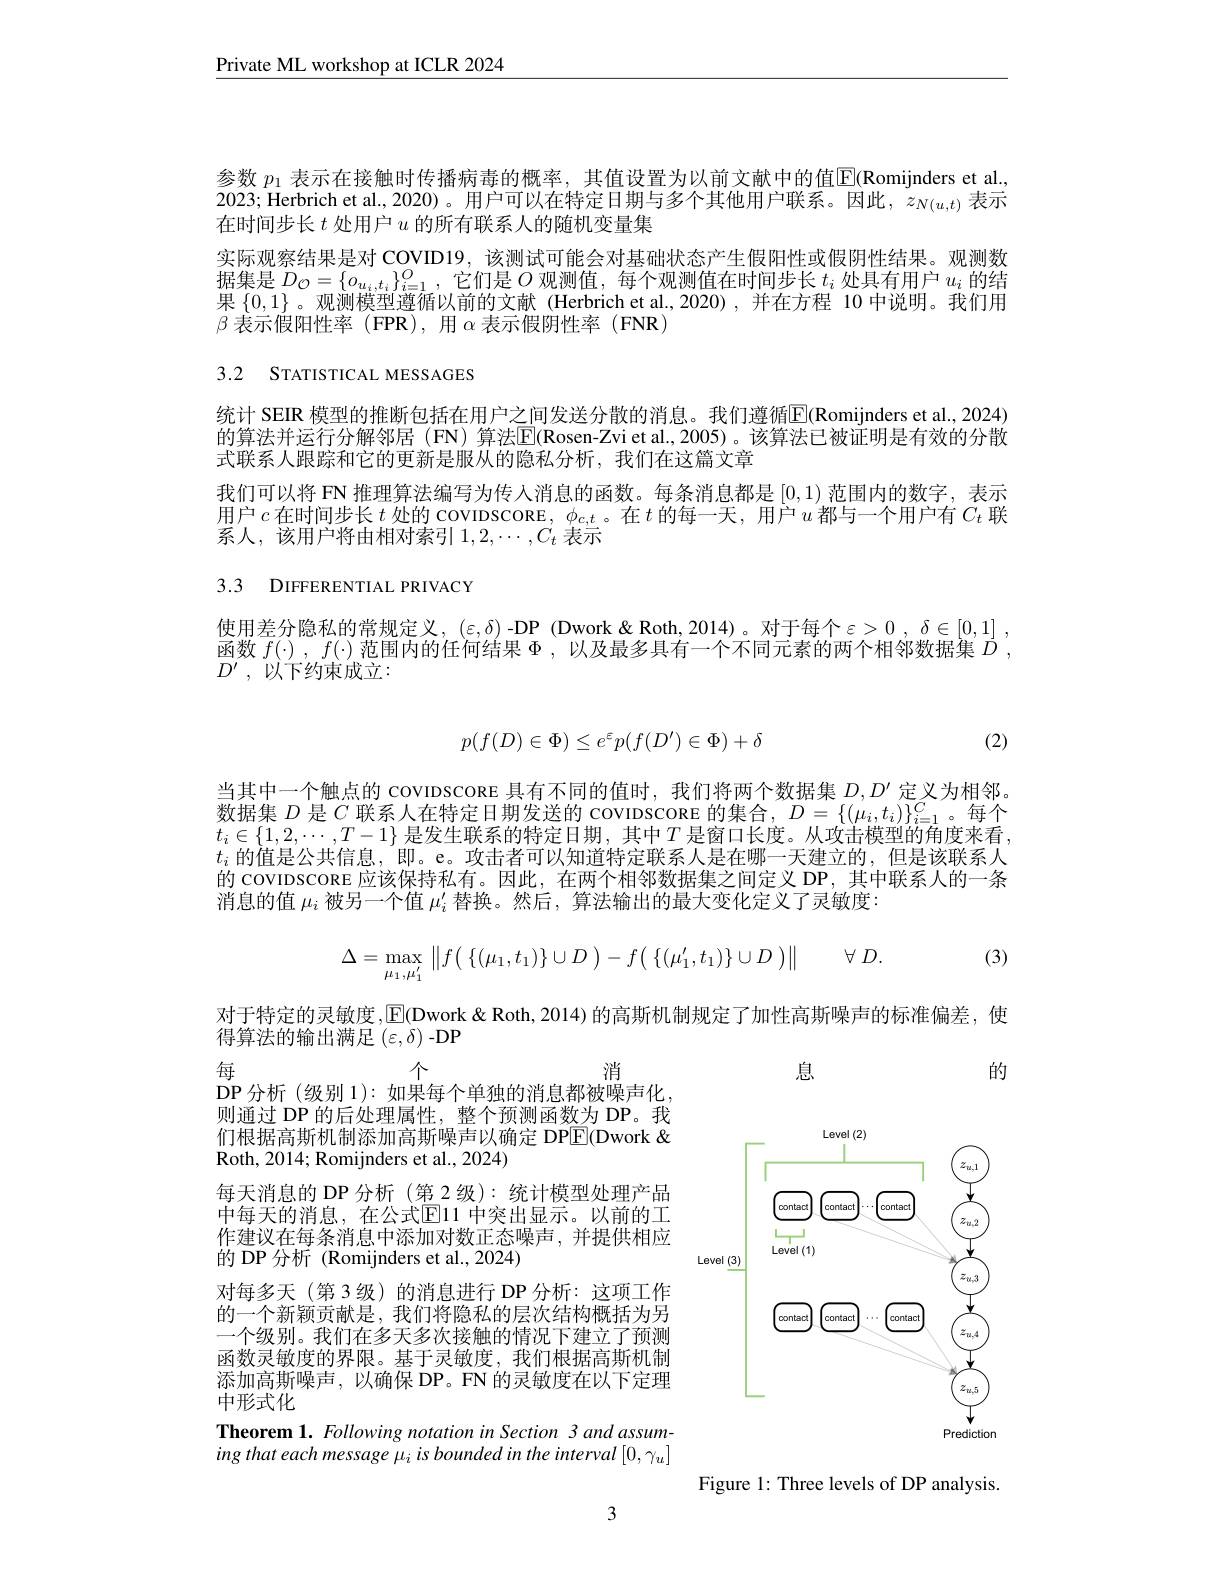
Private ML workshop at ICLR 2024

参数 $p_1$ 表示在接触时传播病毒的概率，其值设置为以前文献中的值$\boxed{\mathrm{E}}($Romijnders et al., 2023; Herbrich et al., 2020)。用户可以在特定日期与多个其他用户联系。因此，$z_N(u,t)$表示在时间步长$t$处用户$u$的所有联系人的随机变量集

实际观察结果是对 COVID19, 该测试可能会对基础状态产生假阳性或假阴性结果。观测数据集是$D_{\mathcal{O}}=\{o_{u_i,t_i}\}_{i=1}^{O}$,它们是$O$观测值，每个观测值在时间步长$t_i$处具有用户$u_i$的结果$\{0,1\}$。观测模型遵循以前的文献(Herbrichet al.,2020),并在方程 10 中说明。我们用$\beta\dot{\text{ 表示假阳性率 }}($FPR),用$\alpha$表示假阴性率(FNR)

3.2 STATISTICAL MESSAGES

统计 SEIR 模型的推断包括在用户之间发送分散的消息。我们遵循$\mathbb{E}($Romijnders et al.,2024) 的算法并运行分解邻居 (FN) 算法$\mathbb{E}$(Rosen-Zvi et al.,2005)。该算法已被证明是有效的分散式联系人跟踪和它的更新是服从的隐私分析，我们在这篇文章
我们可以将 FN 推理算法编写为传人消息的函数。每条消息都是[0,1)范围内的数字，表示用 户 $c$ 在 时 间 步 长 $t$ 处 的 covIDSCORE, $\phi _{c, t}$。在 $t$ 的 每 一 天 , 用 户 $u$ 都 与 一 个 用 户 有 $C_{t}$ 联系人，该用户将由相对索引$1,2,\cdots,C_t$表示

## 3.3 DIFFERENTIAL PRIVACY

使用差分隐私的常规定义，$(\varepsilon,\delta)$-DP (Dwork &Roth, 2014)。对于每个$\varepsilon>0,\delta\in[0,1]$, 函数$f(\cdot),f(\cdot)$范围内的任何结果$\Phi$,以及最多具有一个不同元素的两个相邻数据集$\bar{D}$ $D^{\prime }$ , 以下约束成立：

(2)
$$p(f(D)\in\Phi)\leq e^{\varepsilon}p(f(D')\in\Phi)+\delta $$
当其中一个触点的 covıDscone 具有不同的值时，我们将两个数据集$D,D^{\prime}$定义为相邻。数据集$D$是$C$联系人在特定日期发送的 covIDSCORE 的集合，$D=\{(\mu_i,t_i)\}_{i=1}^{C}$。每个$t_i\in\{1,2,\cdots,T-1\}$ 是发生联系的特定日期 , 其中$T$ 是窗口长度。从攻击模型的角度来看$t_i$的值是公共信息，即。e。攻击者可以知道特定联系人是在哪一天建立的，但是该联系人的 covIDSCORE 应该保持私有。因此，在两个相邻数据集之间定义 DP,其中联系人的一条消息的值$\mu_i$被另一个值$\mu_i^\prime$替换。然后，算法输出的最大变化定义了灵敏度：
$$\Delta=\max\limits_{\mu_1,\mu_1'}\left\|f\big(\begin{array}{c}\{(\mu_1,t_1)\}\cup D\end{array}\big)-f\big(\begin{array}{c}\{(\mu_1',t_1)\}\cup D\end{array}\big)\right\|\quad\forall\:D.$$
(3)

对于特定的灵敏度，$\overline{\mathbb{E}}$(Dwork & Roth, 2014) 的高斯机制规定了加性高斯噪声的标准偏差，使
得算法的输出满足$\left(\varepsilon,\dot{\delta}\right)$-DP

息

的

每
个
消
DP 分析 (级别 1): 如果每个单独的消息都被噪声化， 则通过 DP 的后处理属性，整个预测函数为 DP。我们根据高斯机制添加高斯噪声以确定 DPE(Dwork & Roth, 2014; Romijnders et al., 2024)
每天消息的 DP 分析 (第 2 级): 统计模型处理产品中每天的消息，在公式$\mathbb{E}$11 中突出显示。以前的工作建议在每条消息中添加对数正态噪声，并提供相应的 DP 分析 (Romijnders et al.,2024)
对每多天(第 3级)的消息进行 DP 分析：这项工作的一个新颖贡献是，我们将隐私的层次结构概括为另一个级别。我们在多天多次接触的情况下建立了预测函数灵敏度的界限。基于灵敏度，我们根据高斯机制添加高斯噪声，以确保 DP。FN 的灵敏度在以下定理中形式化
Theorem 1. Following notation in Section 3 and assuming that each message $\mu_i$ is bounded in the interval $[0,\gamma_u]$

<FigureHere>

Figure 1: Three levels of DP analysis.

3